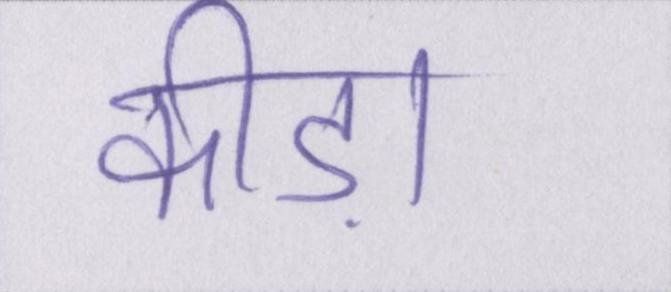
कीड़ा